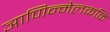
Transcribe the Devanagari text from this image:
ञाणिन्मेलकळि